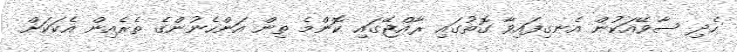
ހެދި ސާވޭއަކުން އެނގިފައިވާ ގޮތުގައި ރާއްޖޭގައި ކޮންމެ ތިން އަންހެނުންގެ ތެރެއިން އެކަކަށް